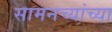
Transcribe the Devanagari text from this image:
सामनच्यांच्या